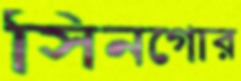
সিনগোর